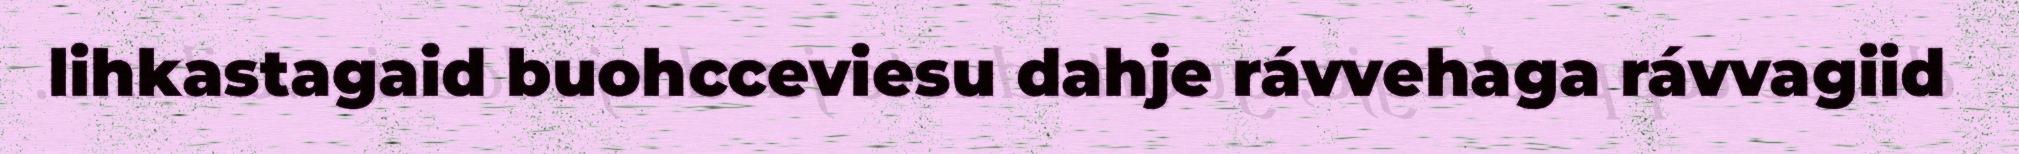
lihkastagaid buohcceviesu dahje rávvehaga rávvagiid